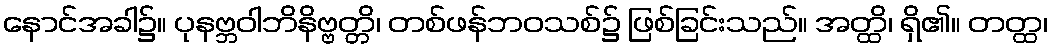
နောင်အခါ၌။ ပုနဗ္ဘဝါဘိနိဗ္ဗတ္တိ၊ တစ်ဖန်ဘဝသစ်၌ ဖြစ်ခြင်းသည်။ အတ္ထိ၊ ရှိ၏။ တတ္ထ၊